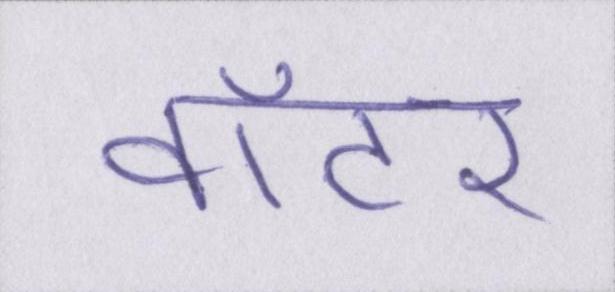
वॉटर